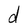
Character: d